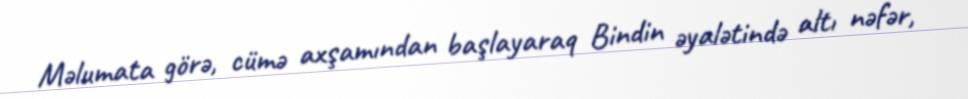
Məlumata görə, cümə axşamından başlayaraq Bindin əyalətində altı nəfər,